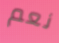
نعم